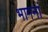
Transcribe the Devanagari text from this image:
भागनां